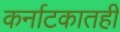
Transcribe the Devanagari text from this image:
कर्नाटकातही